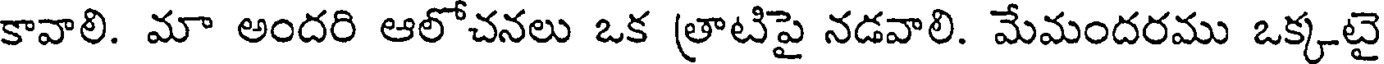
కావాలి. మా అందరి ఆలోచనలు ఒక త్రాటిపై నడవాలి. మేమందరము ఒక్కటై